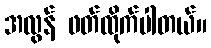
အလွန် ဖတ်ထိုက်ပါတယ်။